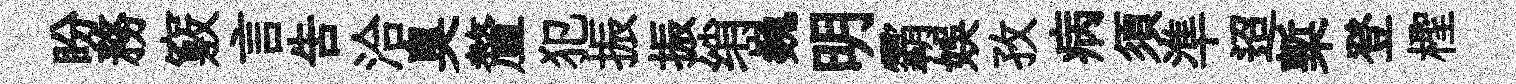
盼務竅言吿洽臭釐犯振振绡巍明霸娱孜病須準迢槧登檉